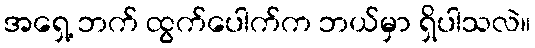
အရှေ့ ဘက် ထွက်ပေါက်က ဘယ်မှာ ရှိပါသလဲ။